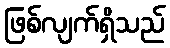
ဖြစ်လျက်ရှိသည်